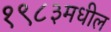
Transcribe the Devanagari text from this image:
१९८३मधील